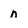
Character: n